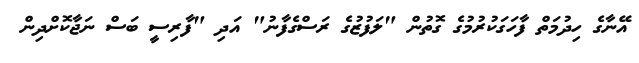
އޭނާގެ ހިދުމަތް ފާހަގަކުރުމުގެ ގޮތުން "ލަފުޒުގެ ރަސްގެފާނު" އަދި "ފާރިސީ ބަސް ނަޖާކޮށްދިން